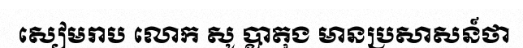
សៀមរាប លោក សូ ប្លាតុង មានប្រសាសន៍ថា